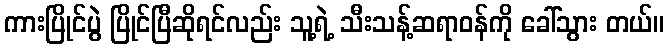
ကားပြိုင်ပွဲ ပြိုင်ပြီဆိုရင်လည်း သူ့ရဲ့ သီးသန့်ဆရာဝန်ကို ခေါ်သွား တယ်။